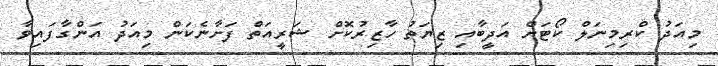
މިއަދު ކްރިމިނަލް ކޯޓަށް އަދީބާއި ޒިޔަތު ހާޒިރުކޮށް ޝަރީއަތް ފަށާނެކަން މިއަދު އަންގާފައިވާ